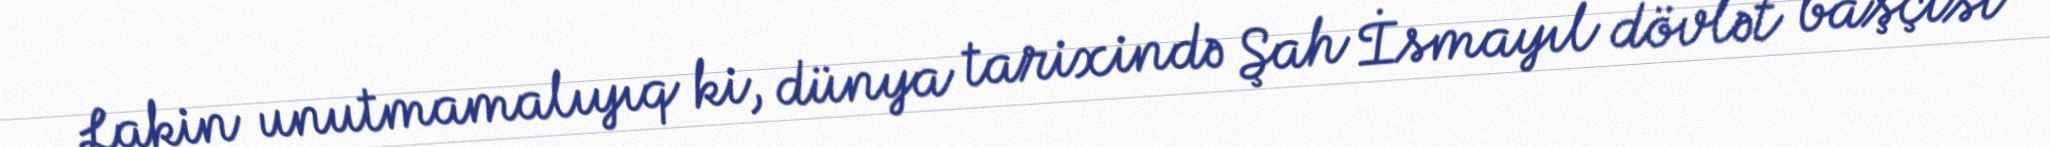
Lakin unutmamalıyıq ki, dünya tarixində Şah İsmayıl dövlət başçısı